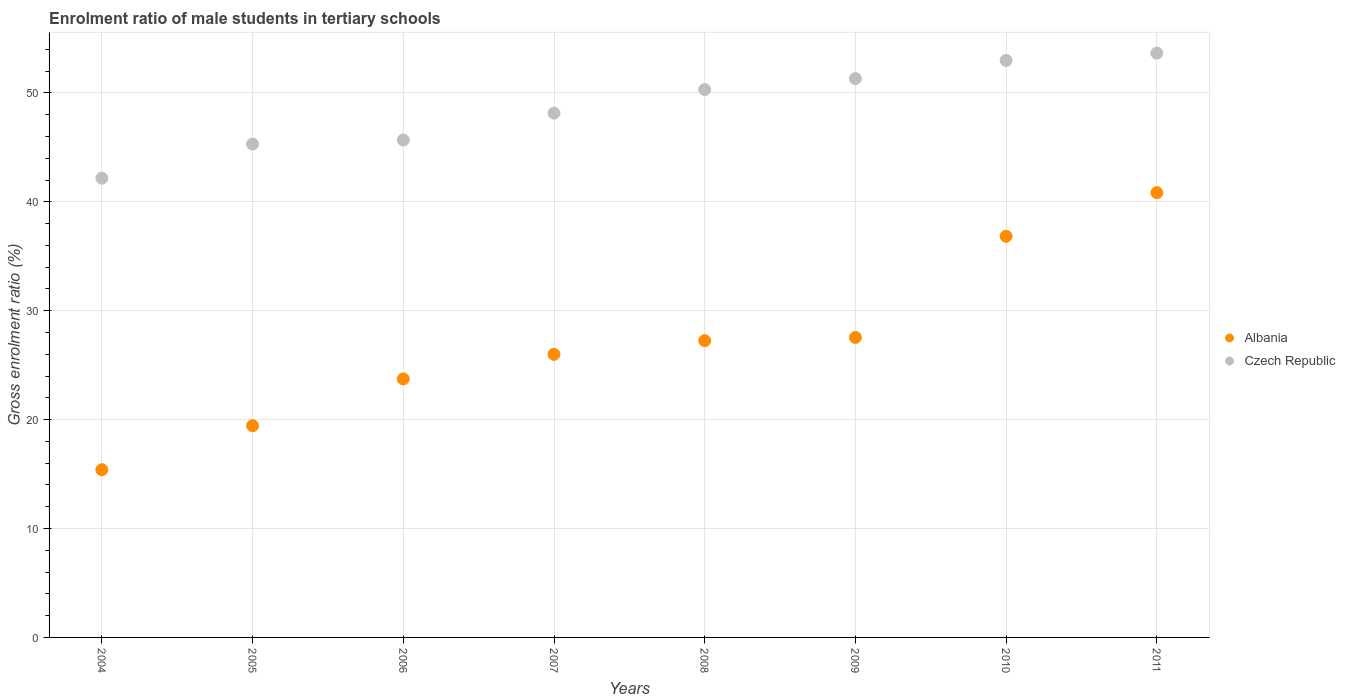
| Years | Albania | Czech Republic |
 | --- | --- | --- |
 | 2004 | 15.4 | 42.2 |
 | 2005 | 19.4 | 45.3 |
 | 2006 | 23.7 | 45.7 |
 | 2007 | 26 | 48.1 |
 | 2008 | 27.3 | 50.3 |
 | 2009 | 27.6 | 51.3 |
 | 2010 | 36.8 | 53 |
 | 2011 | 40.8 | 53.7 |